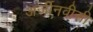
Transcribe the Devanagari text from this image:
अर्जीनवीसी